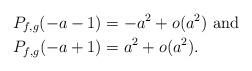
LaTeX: \begin{align*}P_{f,g}(-a-1) &= -a^2+o(a^2) \textrm{ and}\\P_{f,g}(-a+1) &= a^2+o(a^2).\end{align*}